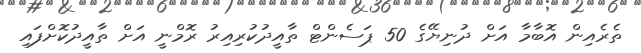
ތެރެއިން އޮބާމާ އަށް ދުނިޔޭގެ 50 ޕަސެންޓް ތާއީދުކުރިއިރު ރޮމްނީ އަށް ތާއީދުކޮށްފައި